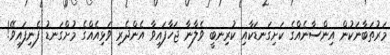
މަރުތަބާނަކުން އިންސާނެއްގެ ކަށިގަނޑަކާއި ކުރިނބީ ވެލާނާ ޖަހާފައިވާ އެންދެރި ވަޅިއެއްގެ މުށްގަނޑު ފެނިފައިވޭ!